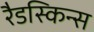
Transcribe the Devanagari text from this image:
रैडस्किन्स